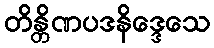
တိန္တိဏပဒနိဒ္ဒေသေ